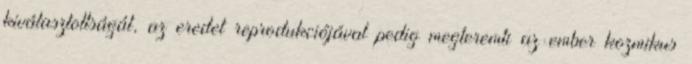
kiválasztottságát, az eredet reprodukciójával pedig megteremti az ember kozmikus